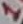
Text: 1